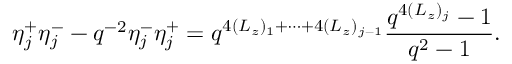
\eta _ { j } ^ { + } \eta _ { j } ^ { - } - q ^ { - 2 } \eta _ { j } ^ { - } \eta _ { j } ^ { + } = q ^ { 4 ( L _ { z } ) _ { 1 } + \cdots + 4 ( L _ { z } ) _ { j - 1 } } \frac { q ^ { 4 ( L _ { z } ) _ { j } } - 1 } { q ^ { 2 } - 1 } .